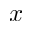
x